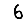
Digit: 6